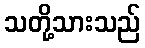
သတို့သားသည်